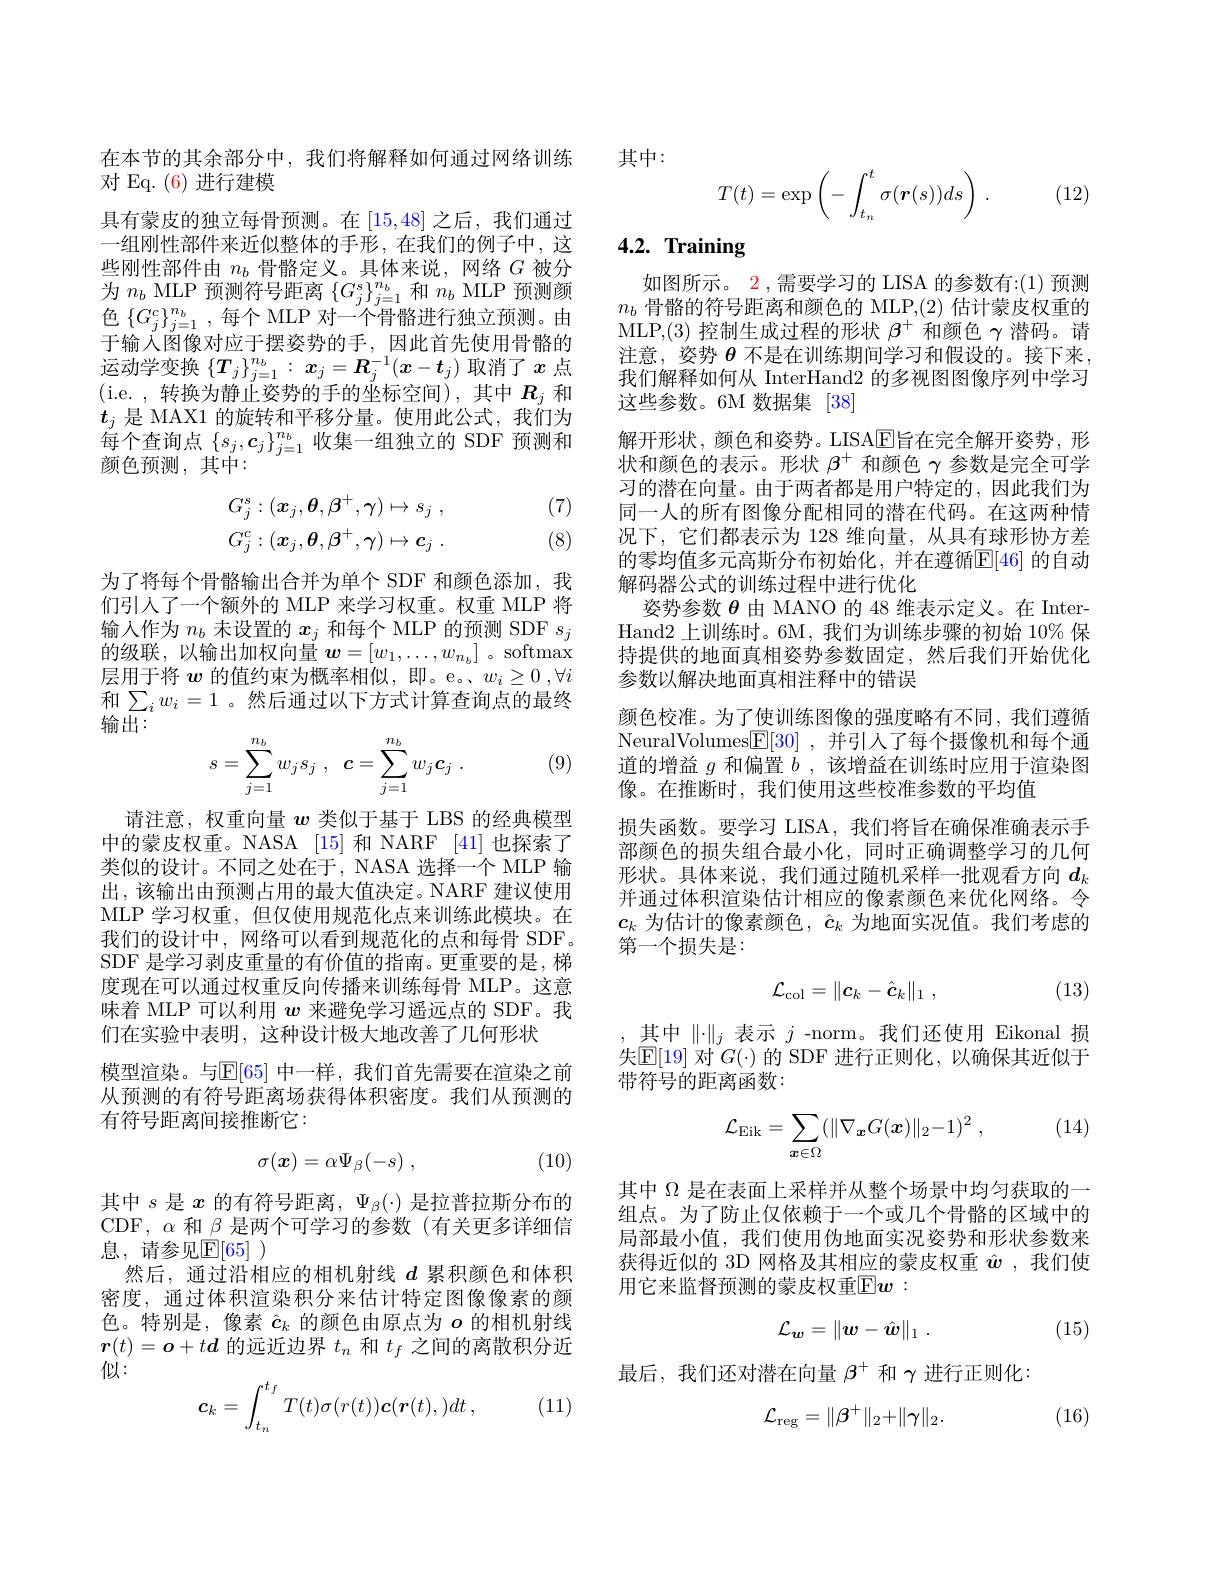
在本节的其余部分中，我们将解释如何通过网络训练
对 Eq. (6)进行建模
具有蒙皮的独立每骨预测。在[15,48]之后，我们通过一组刚性部件来近似整体的手形，在我们的例子中，这些刚性部件由$n_b$骨骼定义。具体来说，网络$G$被分为$n_b$ MLP 预测符号距离$\{G_j^s\}_{j=1}^{n_b}$和$n_b$ MLP 预测颜色$\{G_j^c\}_{j=1}^{n_b}$,每个 MLP 对一个骨骼进行独立预测。由于输入图像对应于摆姿势的手，因此首先使用骨骼的运动学变换$\{T_j\}_{j=1}^{n_b}:x_j=\boldsymbol{R}_j^{-1}(x-t_j)$取消了$x$点(i.e.,转换为静止姿势的手的坐标空间),其中$R_j$和$t_j$是 MAX1 的旋转和平移分量。使用此公式，我们为每个查询点$\{s_j,\boldsymbol{c}_j\}_{j=1}^{n_b}$收集一组独立的 SDF 预测和颜色预测，其中：
$$\begin{aligned}G_j^s:(\boldsymbol{x}_j,\boldsymbol{\theta},\boldsymbol{\beta}^+,\boldsymbol{\gamma})&\mapsto s_j\:,\\G_j^c:(\boldsymbol{x}_j,\boldsymbol{\theta},\boldsymbol{\beta}^+,\boldsymbol{\gamma})&\mapsto\boldsymbol{c}_j\:.\end{aligned}$$
(7)

(8)

为了将每个骨骼输出合并为单个 SDF 和颜色添加，我们引人了一个额外的 MLP 来学习权重。权重 MLP 将输入作为$n_b$未设置的$x_j$和每个 MLP 的预测 SDF $s_j$ 的级联，以输出加权向量$w=[w_1,\ldots,w_{n_b}]$。softmax 层用于将$w$的值约束为概率相似，即。e。、$w_i\geq0,\forall i$ 和$\sum_iw_i=1$ 。然后通过以下方式计算查询点的最终输出：

(9)
$$s=\sum_{j=1}^{n_b}w_js_j\:,\:\boldsymbol{c}=\sum_{j=1}^{n_b}w_j\boldsymbol{c}_j\:.$$
请注意，权重向量$w$类似于基于 LBS 的经典模型中的蒙皮权重。NASA [15] 和 NARF [41] 也探索了类似的设计。不同之处在于，NASA 选择一个 MLP 输出，该输出由预测占用的最大值决定。NARF 建议使用MLP 学习权重，但仅使用规范化点来训练此模块。在我们的设计中，网络可以看到规范化的点和每骨 SDF。SDF 是学习剥皮重量的有价值的指南。更重要的是，梯度现在可以通过权重反向传播来训练每骨 MLP。这意味着 MLP 可以利用$w$来避免学习遥远点的 SDF。我们在实验中表明，这种设计极大地改善了几何形状
模型渲染。与$\mathbb{E}[65]$ 中一样，我们首先需要在渲染之前从预测的有符号距离场获得体积密度。我们从预测的有符号距离间接推断它：

(10)
$$\sigma(\boldsymbol{x})=\alpha\Psi_{\beta}(-s)\:,$$
其中$s$是$x$的有符号距离，$\Psi_\beta(\cdot)$是拉普拉斯分布的CDF, $\alpha$和$\beta$是两个可学习的参数(有关更多详细信息，请参见$\mathbb{E}[65]$ )
然后，通过沿相应的相机射线$d$累积颜色和体积密度，通过体积渲染积分来估计特定图像像素的颜色。特别是，像素$\hat{c}_k$的颜色由原点为$o$的相机射线$\boldsymbol{r}(t)=\boldsymbol{o}+t\boldsymbol{d}$的远近边界$t_n$和$t_f$之间的离散积分近似：

(11)
$$\boldsymbol{c}_k=\int_{t_n}^{t_f}T(t)\sigma(r(t))\boldsymbol{c}(\boldsymbol{r}(t),)dt\:,$$
其中：

(12)
$$T(t)=\exp\left(-\int_{t_n}^t\sigma(\boldsymbol{r}(s))ds\right)\:.$$
## $4. 2. \textbf{ Training}$

如图所示。2 ,需要学习的 LISA 的参数有：(1) 预测$n_b$骨骼的符号距离和颜色的 MLP,(2) 估计蒙皮权重的MLP,(3)控制生成过程的形状$\beta^+$和颜色$\gamma$潜码。请注意，姿势$\theta$不是在训练期间学习和假设的。接下来， 我们解释如何从 InterHand2 的多视图图像序列中学习这些参数。6M 数据集 [38]
解开形状，颜色和姿势。LISA$\boxed{\mathrm{E}}$旨在完全解开姿势，形状和颜色的表示。形状$\beta^+$和颜色$\gamma$参数是完全可学习的潜在向量。由于两者都是用户特定的，因此我们为同一人的所有图像分配相同的潜在代码。在这两种情况下，它们都表示为 128 维向量，从具有球形协方差的零均值多元高斯分布初始化，并在遵循$\mathbb{E}[46]$ 的自动解码器公式的训练过程中进行优化
姿势参数$\theta$由 MANO 的 48 维表示定义。在 InterHand2 上训练时。6M, 我们为训练步骤的初始 10% 保持提供的地面真相姿势参数固定，然后我们开始优化参数以解决地面真相注释中的错误
颜色校准。为了使训练图像的强度略有不同，我们遵循NeuralVolumes$\boxed{\mathbb{F}}[30]$ ,并引人了每个摄像机和每个通道的增益$g$和偏置$b$,该增益在训练时应用于渲染图像。在推断时，我们使用这些校准参数的平均值
损失函数。要学习 LISA, 我们将旨在确保准确表示手部颜色的损失组合最小化，同时正确调整学习的几何形状。具体来说，我们通过随机采样一批观看方向$d_k$ 并通过体积渲染估计相应的像素颜色来优化网络。令$c_k$为估计的像素颜色，$\hat{c}_k$为地面实况值。我们考虑的第一个损失是：
$$\mathcal{L}_{\mathrm{col}}=\|c_k-\hat{\boldsymbol{c}}_k\|_1\:,$$
(13)

其中$\|\cdot\|_j$表示$j$ -norm。我们还使用 Eikonal 损失$\mathbb{E}[19]$对$G(\cdot)$的 SDF 进行正则化，以确保其近似于带符号的距离函数：

(14)
$$\mathcal{L}_{\mathrm{Eik}}=\sum_{x\in\Omega}(\|\nabla_{\boldsymbol{x}}G(\boldsymbol{x})\|_{2}-1)^{2}\:,$$
其中$\Omega$是在表面上采样并从整个场景中均匀获取的一组点。为了防止仅依赖于一个或几个骨骼的区域中的局部最小值，我们使用伪地面实况姿势和形状参数来获得近似的 3D 网格及其相应的蒙皮权重$\hat{w}$ ,我们使用它来监督预测的蒙皮权重$|\mathbb{E}|\boldsymbol{w}:$
$$\mathcal{L}_w=\|\boldsymbol{w}-\hat{\boldsymbol{w}}\|_1\:.$$
(15)

最后，我们还对潜在向量$\beta^+$和$\gamma$进行正则化：

(16)
$$\mathcal{L}_{\mathrm{reg}}=\|\beta^+\|_2+\|\gamma\|_2.$$